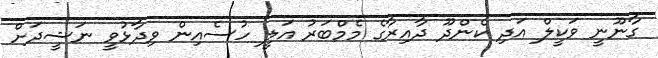
ގާނޫނީ ވަކީލް އަދި ކެންދޫ ދާއިރާގެ މެމްބަރު އަލީ ހުސެއިން ވިދާޅުވީ ނަޝީދަށް